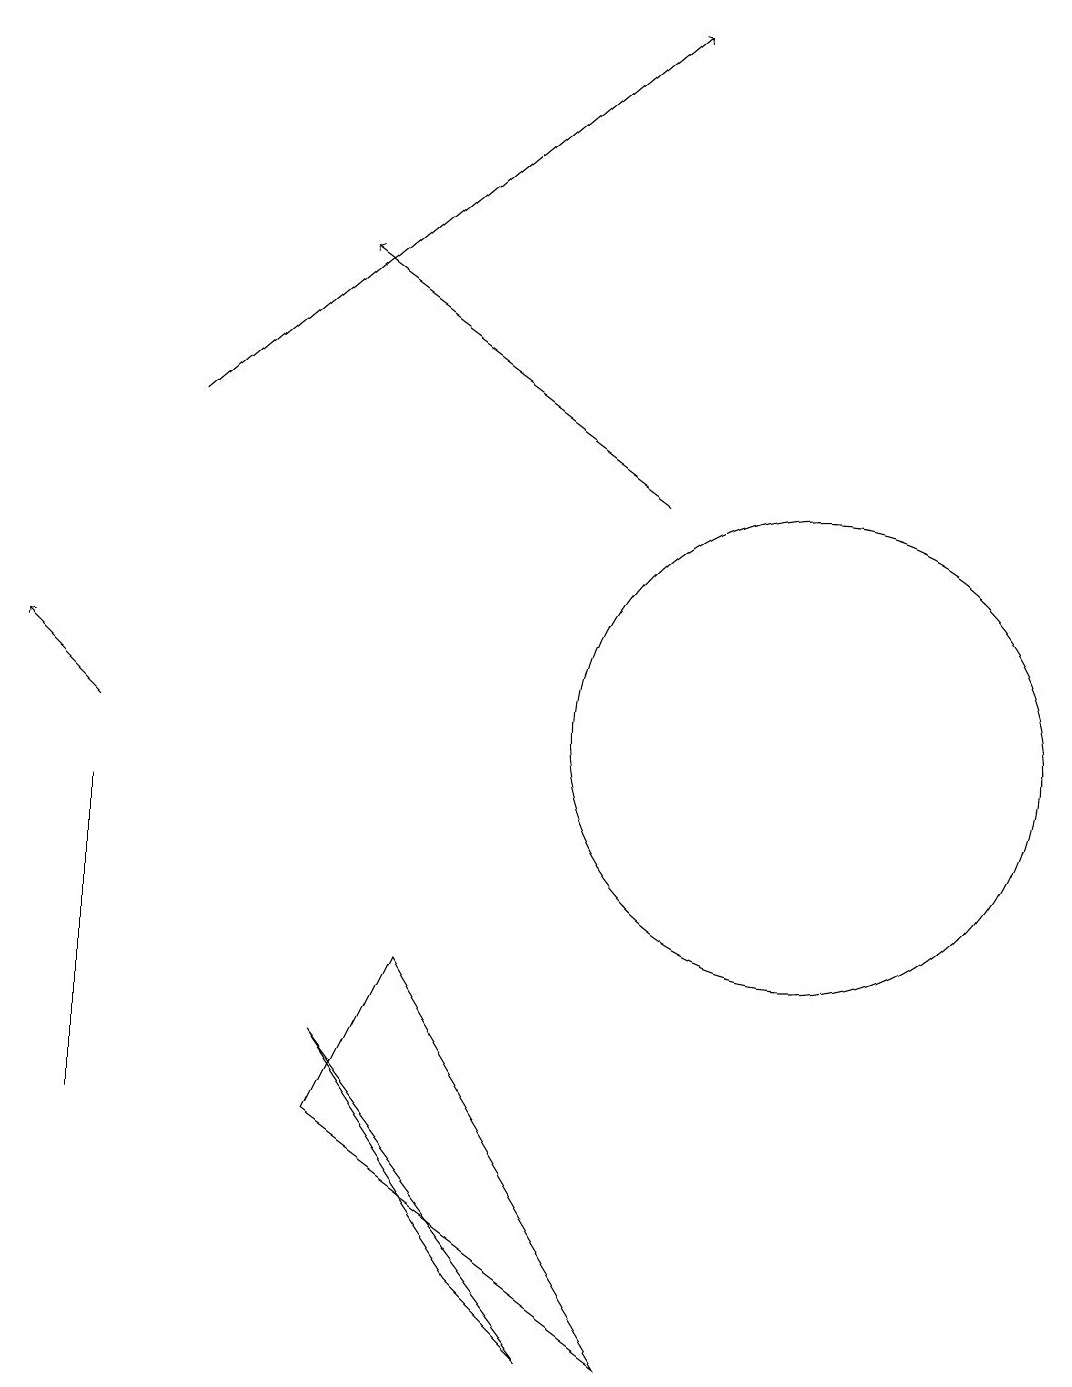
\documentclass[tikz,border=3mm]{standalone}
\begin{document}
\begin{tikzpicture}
\draw[->] (9,13) -- (5,16);
\draw[->] (3,14) -- (9,19);
\draw (2,9) -- (2,5) -- (2,7) -- cycle;
\draw (5,6) -- (8,2) -- (7,3) -- cycle;
\draw[->] (2,10) -- (1,11);
\draw (5,5) -- (6,7) -- (9,2) -- cycle;
\draw (11,10) circle (3);
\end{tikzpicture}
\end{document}